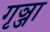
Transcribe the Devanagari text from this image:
गृञ्जा